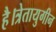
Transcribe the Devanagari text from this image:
है।त्रेतायुगीन